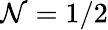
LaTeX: \mathcal{N}=1/2